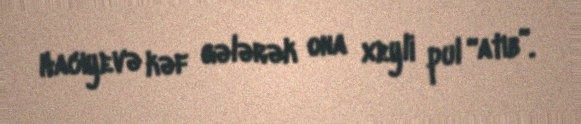
Hacıyevə kəf gələrək ona xeyli pul “atıb”.